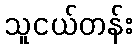
သူငယ်တန်း